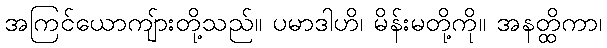
အကြင်ယောကျ်ားတို့သည်။ ပမာဒါဟိ၊ မိန်းမတို့ကို။ အနတ္ထိကာ၊